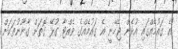
"އެ ގައުމެއްގައި އުޅެން ޖެހޭނީ އެ ގައުމެއްގެ ވެއްޓާ ގުޅޭ ގޮތަށް ގާނޫނުތަކަށް